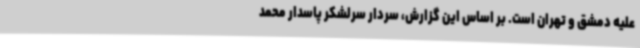
علیه دمشق و تهران است. بر اساس این گزارش، سردار سرلشکر پاسدار محمد